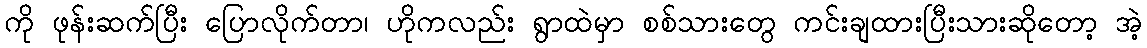
ကို ဖုန်းဆက်ပြီး ပြောလိုက်တာ၊ ဟိုကလည်း ရွာထဲမှာ စစ်သားတွေ ကင်းချထားပြီးသားဆိုတော့ အဲ့